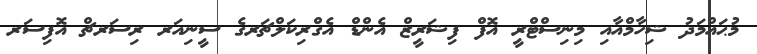
މުޙައްމަދު ޝިހާމްއާއި މިނިސްޓްރީ އޮފް ފިޝަރީޒް އެންޑް އެގްރިކަލްޗަރގެ ސީނިއަރ ރިސަރޗް އޮފިސަރ